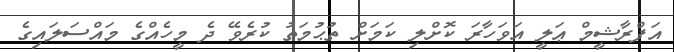
އަފްރާޝީމް ޢަލީ އަވަހާރަ ކޮށްލި ކަމަށް ތުޙުމަތު ކުރެވޭ ދެ މީހެއްގެ މައްސަލައިގެ